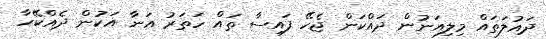
ދައުލަތައް މިލިއަނުން ދައްކަން ޖެހޭ ފައިސާ ތައް ހަތަރު އަނާ އަކުން ދެއްކޭހާ